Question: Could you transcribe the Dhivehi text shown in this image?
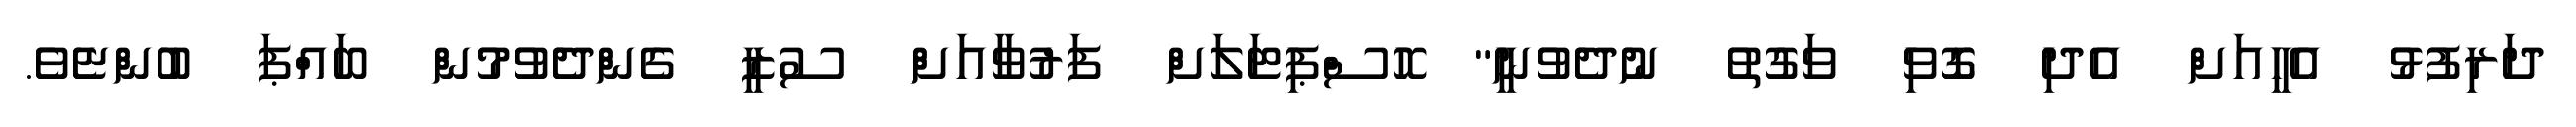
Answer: ދަރިފުޅު އެހީއަށް އެދި ގޮވި ވަގުތު ނުދެވުނީ" ހޮސްޕިޓަލަށް ފަރުވާއަށް ސުޒީ ގެންދެވުމުން ބައްޕަ ބުންޏެވެ.